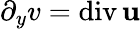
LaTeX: \partial_{y}v=\mathrm{div}\, {\mathbf u}